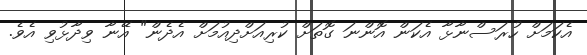
އެކަމަށް ހުރަސްނާޅާ އެކަން އޮންނަ ގޮތަށް ކުރިއަށްދިއުމަށް އެދެން" އޭނާ ވިދާޅުވި އެވެ.